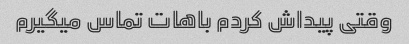
وقتی پیداش کردم باهات تماس میگیرم